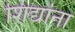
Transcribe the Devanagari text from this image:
शिंद्यांना